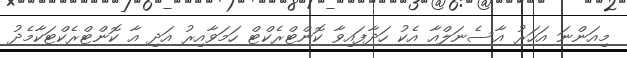
މިއަންނަ އަހަރު އާސެނަލްއާ އެކު ހަދާފައިވާ ކޮންޓްރެކްޓް ހަމަވާއިރު އަދި އާ ކޮންޓްރެކްޓަކާމެދު